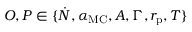
O , P \in \{ \dot { N } , \alpha _ { \mathrm { M C } } , A , \Gamma , r _ { \mathrm { p } } , T \}